Annual report of the Imperial Bacteriological Laboratory, Muktesar
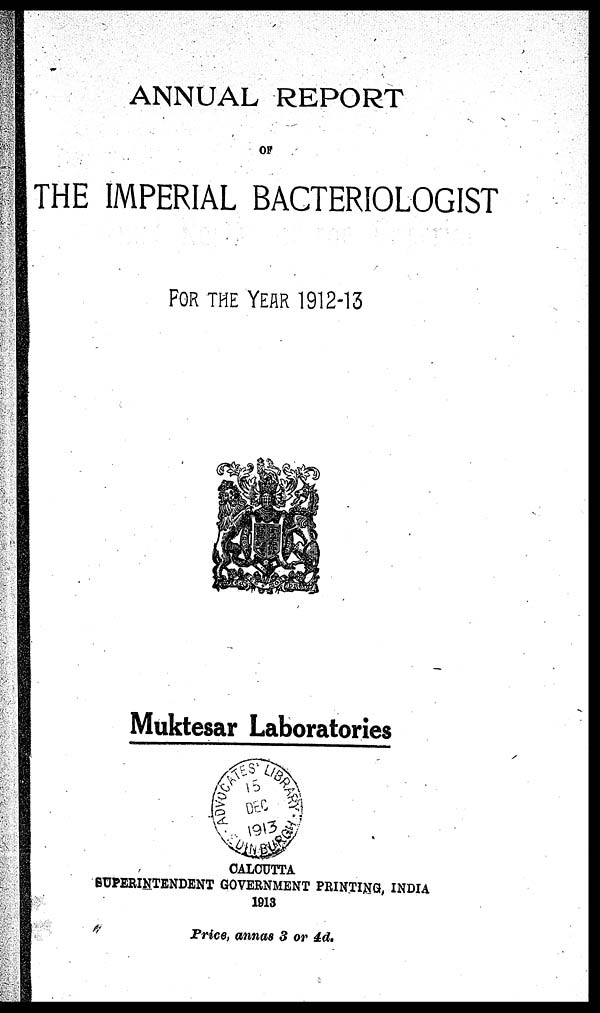
ANNUAL REPORT
OF
THE IMPERIAL BACTERIOLOGIST
FOR THE YEAR 1912-13
Muktesar Laboratories
CALCUTTA
SUPERINTENDENT GOVERNMENT PRINTING, INDIA
1913
Price, annas 3 or 4d.